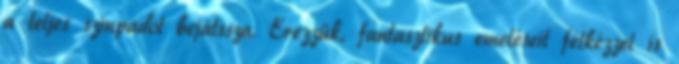
a teljes színpadot bejátssza. Érezzük, fantasztikus emeléseit félkézzel is